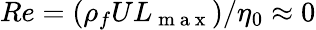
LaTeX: Re=(\rho_{f}UL_{\mathrm{~m~a~x~}})/\eta_{0}\approx 0